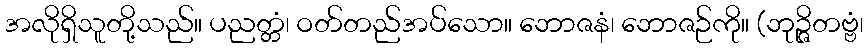
အလိုရှိသူတို့သည်။ ပညတ္တံ၊ ဝတ်တည်အပ်သော။ ဘောဇနံ၊ ဘောဇဉ်ကို။ (ဘုဉ္ဇိတဗ္ဗံ၊